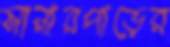
সানারপাড়ের